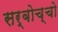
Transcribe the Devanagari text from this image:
सर्बोच्चो